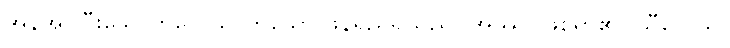
အန်အပ်ပြီးသောကိလေသာဟူသော ဖန်ရည်ရှိသည်။ အဿ၊ ဖြစ်ရာ၏။ သီလေသု၊